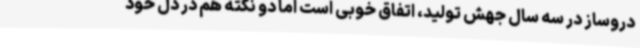
دروساز در سه سال جهش تولید، اتفاق خوبی است اما دو نکته هم در دل خود